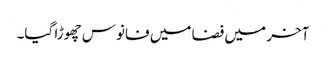
آخر میں فضا میں فانوس چھوڑا گیا۔